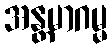
အန္တမာဂမ္မ